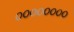
૦૦૦૦૦૦૦૦